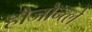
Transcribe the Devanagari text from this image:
हौजोन्त्ले